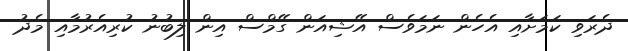
ދެރަވި ކަމަށާއި އެހެން ނަމަވެސް އޭޝިއަން ގޭމްސް އިން ލިބުނު ކުރިއެރުމާއި މެދު